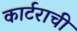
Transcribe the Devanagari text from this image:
कार्टराची